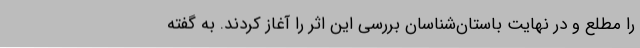
را مطلع و در نهایت باستان‌شناسان بررسی این اثر را آغاز کردند. به گفته